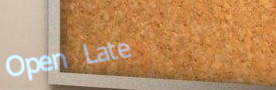
Open Late